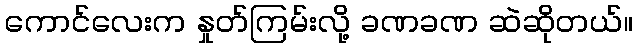
ကောင်လေးက နှုတ်ကြမ်းလို့ ခဏခဏ ဆဲဆိုတယ်။